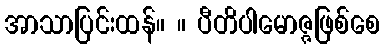
အာသာပြင်းထန်။ ။ ပီတိပါမောဇ္ဇဖြစ်စေ